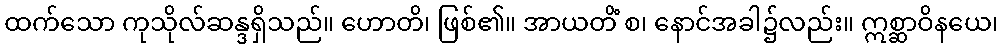
ထက်သော ကုသိုလ်ဆန္ဒရှိသည်။ ဟောတိ၊ ဖြစ်၏။ အာယတိံ စ၊ နောင်အခါ၌လည်း။ ဣစ္ဆာဝိနယေ၊